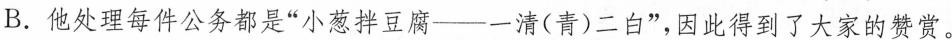
B.他处理每件公务都是”小葱拌豆腐——清(青)二白”，因此得到了大家的赞赏。